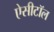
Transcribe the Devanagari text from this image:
ऐसीटॉल